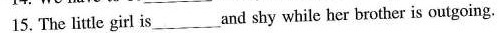
15. The little girl is ___ and shy while her brother is outgoing.